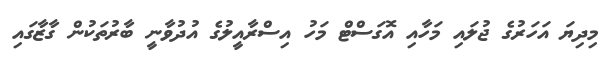
މިދިޔަ އަހަރުގެ ޖުލައި މަހާއި އޮގަސްޓް މަހު އިސްރާއީލުގެ އުދުވާނީ ބާރުތަކުން ގާޒާގައި